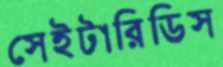
সেইটারিডিস